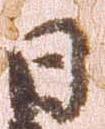
日